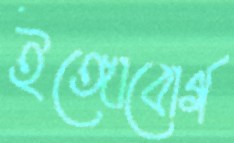
ইঙ্গোবোর্গ